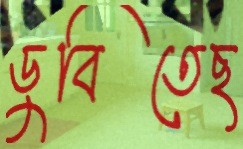
ডুবিতেছ